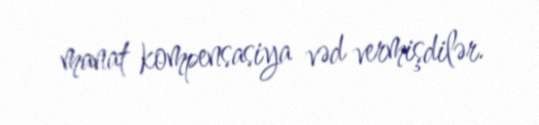
manat kompensasiya vəd vermişdilər.